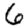
Digit: 6